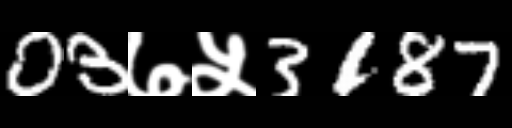
Text: 03७५3187